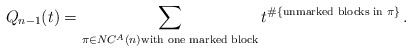
\begin{align*} Q_{n-1}(t) = \sum_{\pi \in NC^A(n) \textrm{with one marked block}} t^{\#\{\textrm{unmarked blocks in }\pi\}} \, .\end{align*}